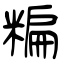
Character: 糄